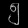
Digit: ၅